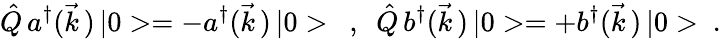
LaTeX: \hat{Q}\, a^{\dagger}(\vec{k}\, )\, |0>=-a^{\dagger}(\vec{k}\, )\, |0>\ \ ,\ \ \hat{Q}\, b^{\dagger}(\vec{k}\, )\, |0>=+b^{\dagger}(\vec{k}\, )\, |0>\ .